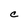
Character: C